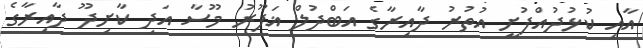
އާއި ކުޅުދުއްފުށީ އުތުރު ދާއިރާގެ އަބްދުލް ޣަފޫރު މޫސާ އަދި ކާށިދޫ ދާއިރާގެ